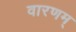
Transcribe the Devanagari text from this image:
वारणम्